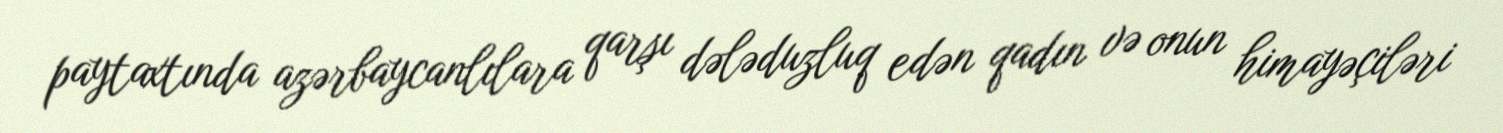
paytaxtında azərbaycanlılara qarşı dələduzluq edən qadın və onun himayəçiləri